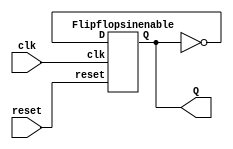
// Univeridad del Valle de Guatemala
// Proyecto final, Procesador
// Estephan Portales
// 19826

//Declaramos puertos
module phase(clk,reset,Q);
//COnfiguramos puertos
input wire clk;
input wire reset;
output wire Q;
//llamamos instancia del flip flop tipo D para hacer el tipo t
    Flipflopsinenable U1(clk, reset, ~Q, Q);

endmodule


// flip-flop tipo D
//Declaracion de puertos
module Flipflopsinenable(clk, reset, D, Q);

//configuracion de puertos
input wire clk,reset, D;
output reg Q;
//salida segn seal del reloj
  always @(posedge clk or posedge reset)
    begin
      if (reset)
        Q <= 1'b0;
      else
        Q <= D;
    end
endmodule